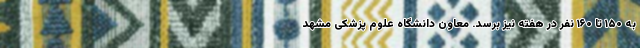
به ۱۵۰ تا ۱۶۰ نفر در هفته نیز برسد. معاون دانشگاه علوم پزشکی مشهد